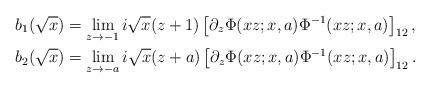
LaTeX: \begin{align*}& b_{1}(\sqrt{x}) = \lim_{z \to -1} i \sqrt{x} (z+1) \left[ \partial_{z}\Phi(xz;x,a)\Phi^{-1}(xz;x,a) \right]_{12}, \\& b_{2}(\sqrt{x}) = \lim_{z \to -a} i \sqrt{x} (z+a) \left[ \partial_{z}\Phi(xz;x,a)\Phi^{-1}(xz;x,a) \right]_{12}.\end{align*}